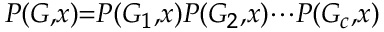
\scriptstyle P ( G , x ) = P ( G _ { 1 } , x ) P ( G _ { 2 } , x ) \cdots P ( G _ { c } , x )